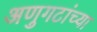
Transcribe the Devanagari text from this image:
अणुगटांच्या